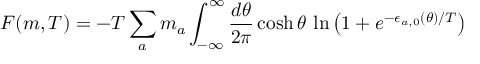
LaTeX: F ( m , T ) = - T \sum _ { a } m _ { a } \int _ { - \infty } ^ { \infty } \frac { d \theta } { 2 \pi } \cosh \theta \, \ln \left( 1 + e ^ { - \epsilon _ { a , 0 } ( \theta ) / T } \right)